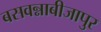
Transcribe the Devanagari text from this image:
बसवन्नाबीजापुर